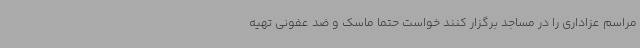
مراسم عزاداری را در مساجد برگزار کنند خواست حتما ماسک و ضد عفونی تهیه